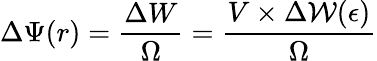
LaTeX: \Delta\Psi(r)=\frac{\Delta W}{\Omega}=\frac{V\times\Delta{\mathcal{W}(\epsilon)}}{\Omega}